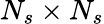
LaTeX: N_{s}\times N_{s}